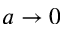
a \rightarrow 0